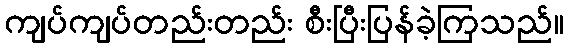
ကျပ်ကျပ်တည်းတည်း စီးပြီးပြန်ခဲ့ကြသည်။